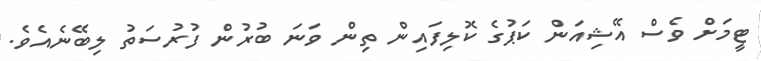
ޓީމަށް ވެސް އޭޝިއަން ކަޕުގެ ކޮލިފައިން ތިން ވަނަ ބުރުން ފުރުސަތު ލިބޭނެއެވެ.